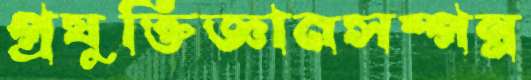
প্রযুক্তিজ্ঞানসম্পন্ন